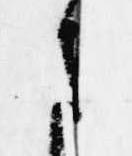
さ